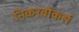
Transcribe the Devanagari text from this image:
निकरबोकर्स